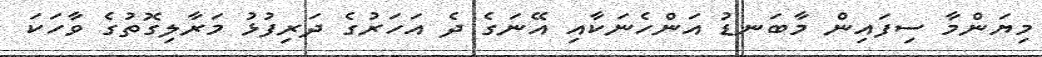
މިޔަންމާ ސިފައިން މާބަނޑު އަންހެނަކާއި އޭނަގެ ދެ އަހަރުގެ ދަރިފުޅު މަރާލިގޮތުގެ ވާހަކަ